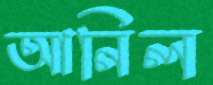
আনিল